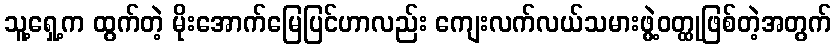
သူ့ရှေ့က ထွက်တဲ့ မိုးအောက်မြေပြင်ဟာလည်း ကျေးလက်လယ်သမားဖွဲ့ဝတ္ထုဖြစ်တဲ့အတွက်